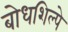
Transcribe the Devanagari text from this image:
बोधशिल्पे